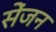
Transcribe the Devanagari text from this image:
सेंजन